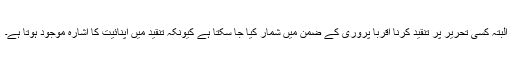
البتہ کسی تحریر پر تنقید کرنا اقربا پروری کے ضمن میں شمار کیا جا سکتا ہے کیونکہ تنقید میں اپنائیت کا اشارہ موجود ہوتا ہے۔